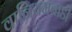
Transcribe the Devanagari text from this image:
वानियमबाडी